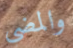
والمضي